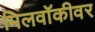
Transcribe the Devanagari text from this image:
मिलवॉकीवर